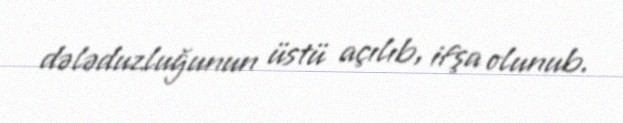
dələduzluğunun üstü açılıb, ifşa olunub.